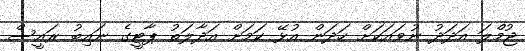
ޖުމްލަ އަދަދު ނުވައަކަށް ހަދަން އުޅޭ ކަމަށް އަދާލަތު ޕާޓީގެ ނައިބު ރައީސް